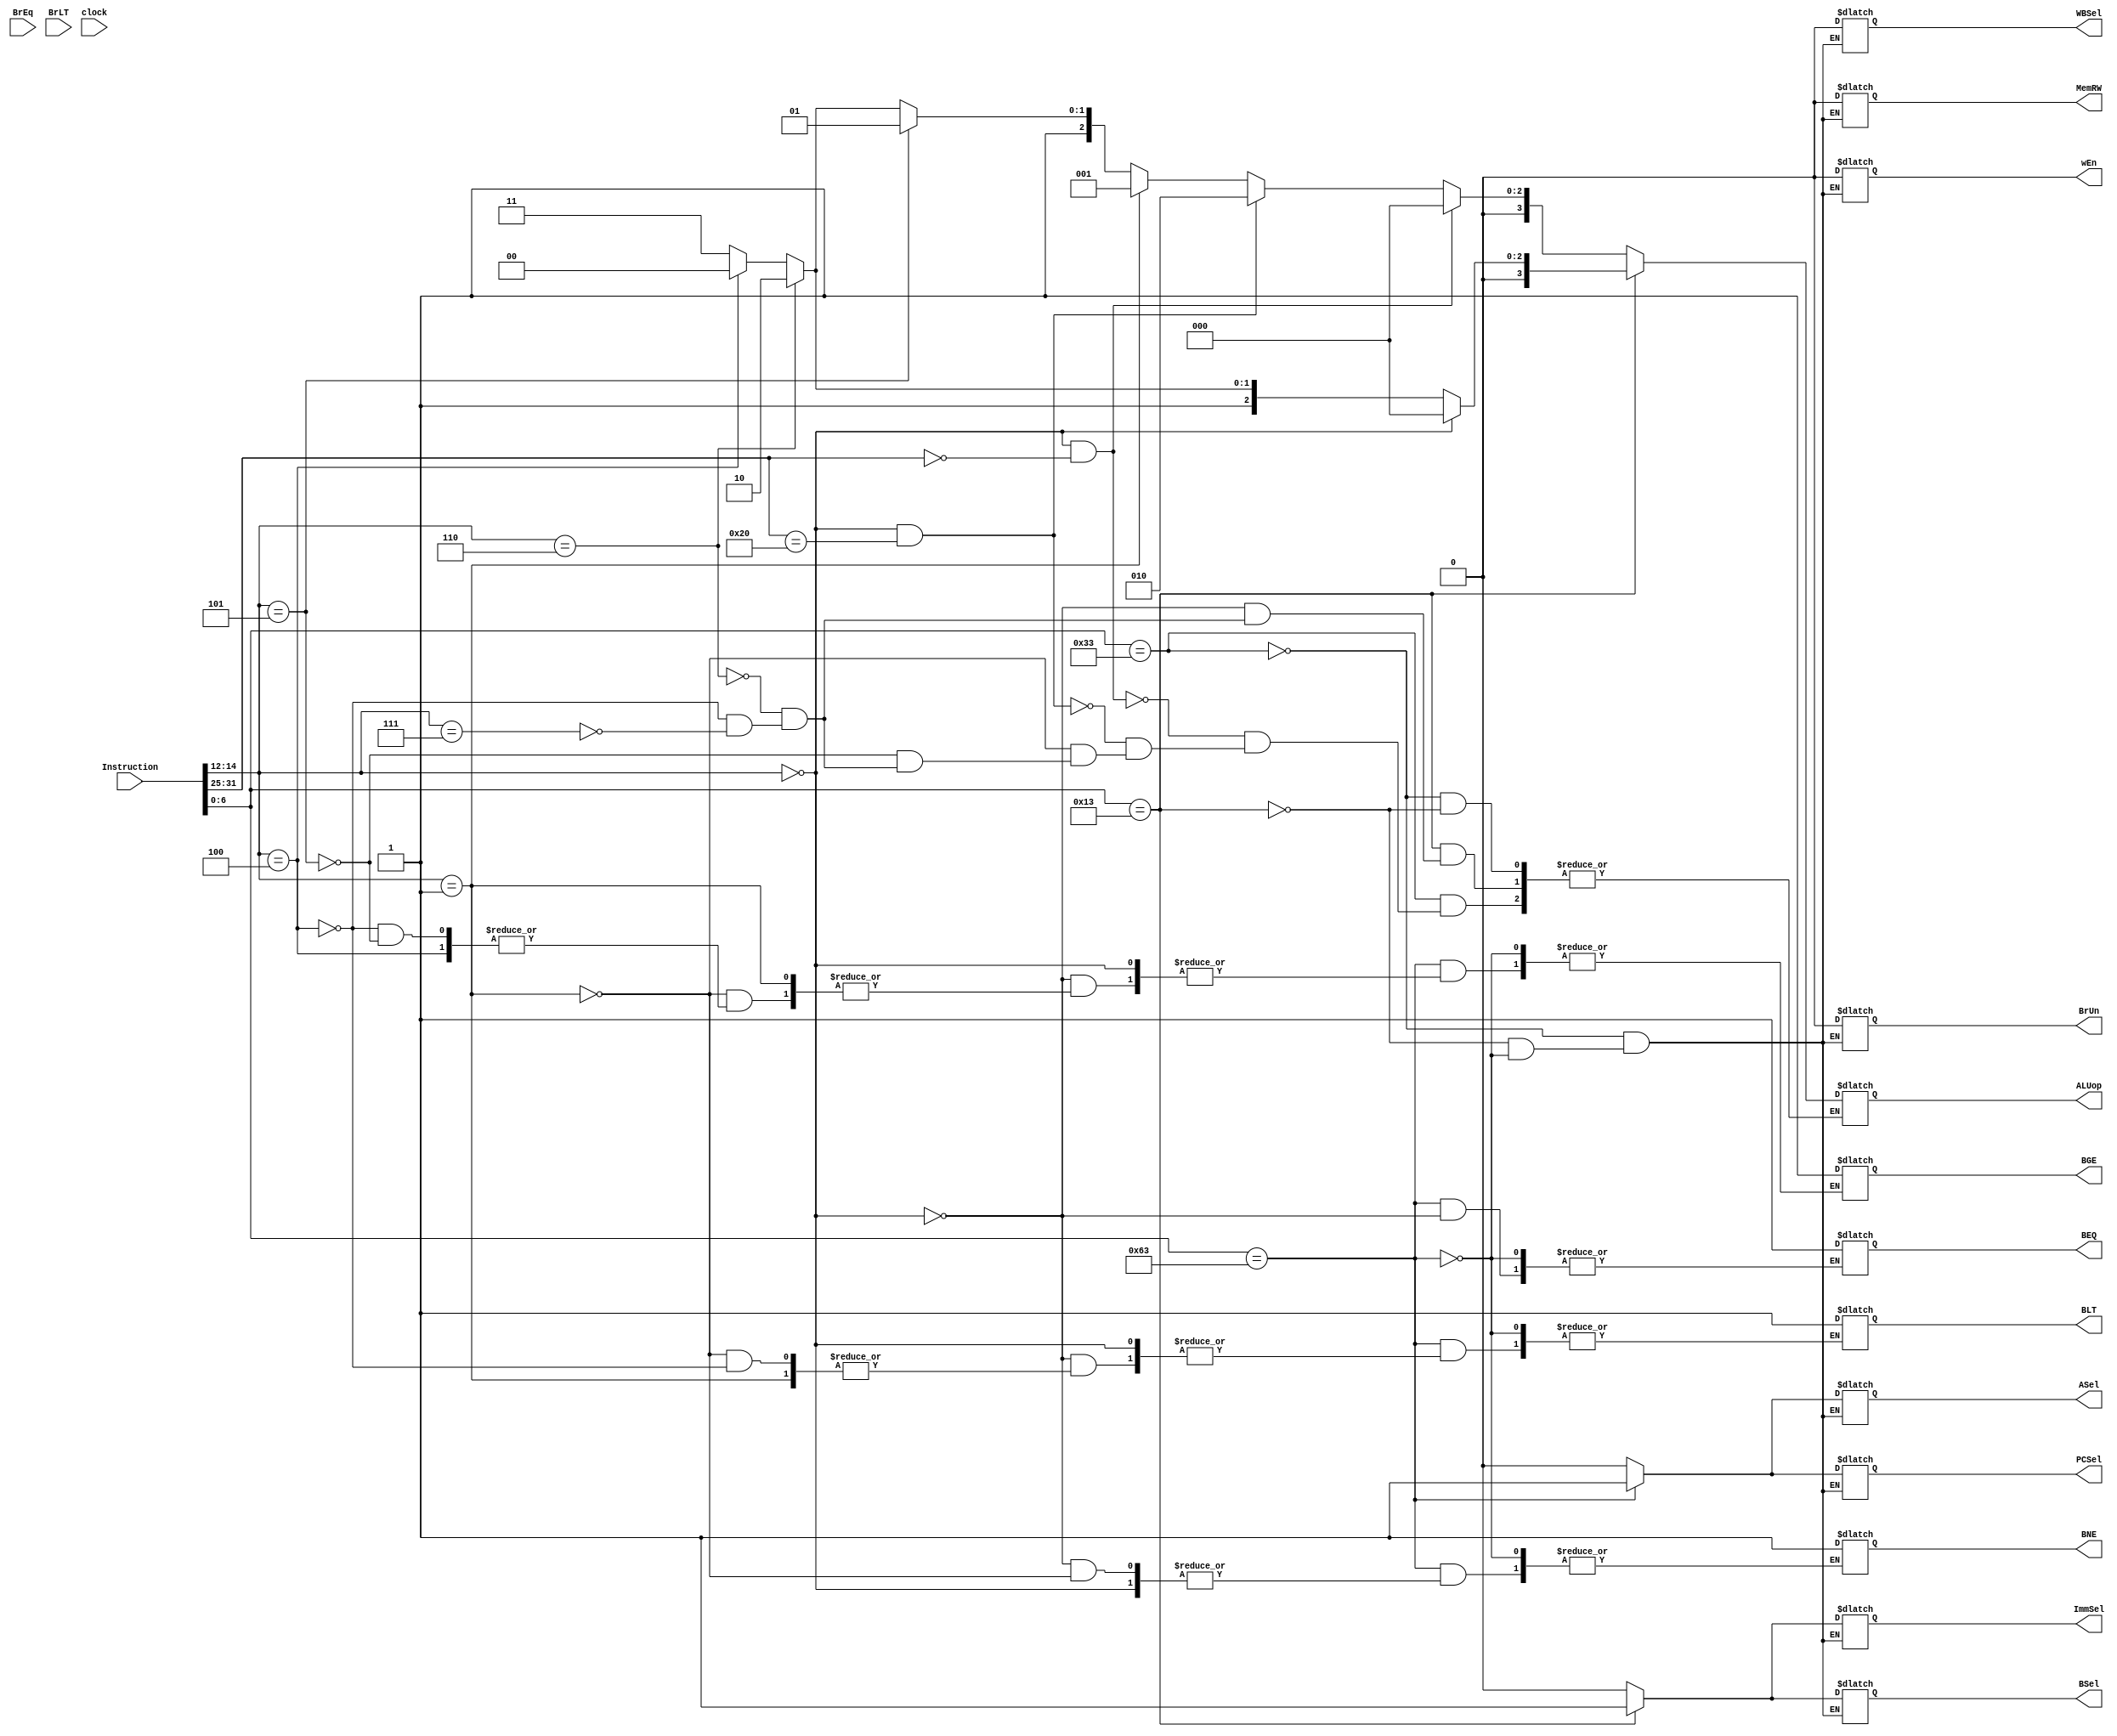
module control_unit (
    input [31:0] Instruction,
    input BrEq,
    input BrLT,
	 input wire clock,
    output reg [3:0] ALUop,
    output reg wEn,
    output reg ImmSel,
    output reg BSel,
    output reg BrUn,
    output reg ASel,
    output reg PCSel,
	 output reg WBSel,
	 output reg MemRW,
	 output reg BEQ,
	 output reg BNE,
	 output reg BLT,
	 output reg BGE
);

reg [2:0] func3;
reg [6:0] func7;

always @* begin   
	case (Instruction[6:0]) // Checking opcode
		7'b0110011: begin // R-type
			func3 = Instruction[14:12];
			func7 = Instruction[31:25];
			wEn <= 0;
			ImmSel <= 0;
			BSel <= 0;
			BrUn <= 0;
			ASel <= 0;
			PCSel <= 0;
			WBSel <= 0;
			MemRW <= 0;
			if (func3 == 3'b000 && func7 == 7'b0000000) begin
				ALUop <= 4'b0000; //ADD
			end
			else if (func3 == 3'b000 && func7 == 7'b0100000) begin
				ALUop <= 4'b0010; //SUB
			end
			else if (func3 == 3'b001) begin
				ALUop <= 4'b0001; //SLL
			end
			else if (func3 == 3'b101) begin
				ALUop <= 4'b0101; //SRL
			end
			else if (func3 == 3'b110) begin
				ALUop <= 4'b0110; //OR
			end
			else if (func3 == 3'b100) begin
				ALUop <= 4'b0100; //XOR
			end
			else if (func3 == 3'b111) begin
				ALUop <= 4'b0111; //AND
			end
		end
		7'b0010011: begin //I-type
			func3 = Instruction[14:12];
			wEn <= 0;
			ImmSel <= 1;
			BSel <= 1;
			BrUn <= 0;
			ASel <= 0;
			PCSel <= 0;
			WBSel <= 0;
			MemRW <= 0;
			if (func3 == 3'b000) begin
				ALUop <= 4'b0000; //ADDI
			end
			else if (func3 == 3'b110) begin
				ALUop <= 4'b0110; //ORI
			end
			else if (func3 == 3'b100) begin
				ALUop <= 4'b0100; //XORI
			end
			else if (func3 == 3'b111) begin
				ALUop <= 4'b0111; //ANDI
			end
		end
		7'b1100011: begin //B-type
			func3 = Instruction[14:12];
			wEn <= 0;
			ImmSel <= 0;
			BSel <= 0;
			BrUn <= 0;
			ASel <= 1;
			PCSel <= 1;
			WBSel <= 0;
			MemRW <= 0;
			if (func3 == 3'b000) begin
				BEQ <= 1'b1; //BEQ
			end
			else if (func3 == 3'b001) begin
				BNE <= 1'b1; //BNE
			end
			else if (func3 == 3'b100) begin
				BLT <= 1'b1; //BLT
			end
			else if (func3 == 3'b101) begin
				BGE <= 1'b1; //BGE
			end	
	  end
	endcase
end
endmodule